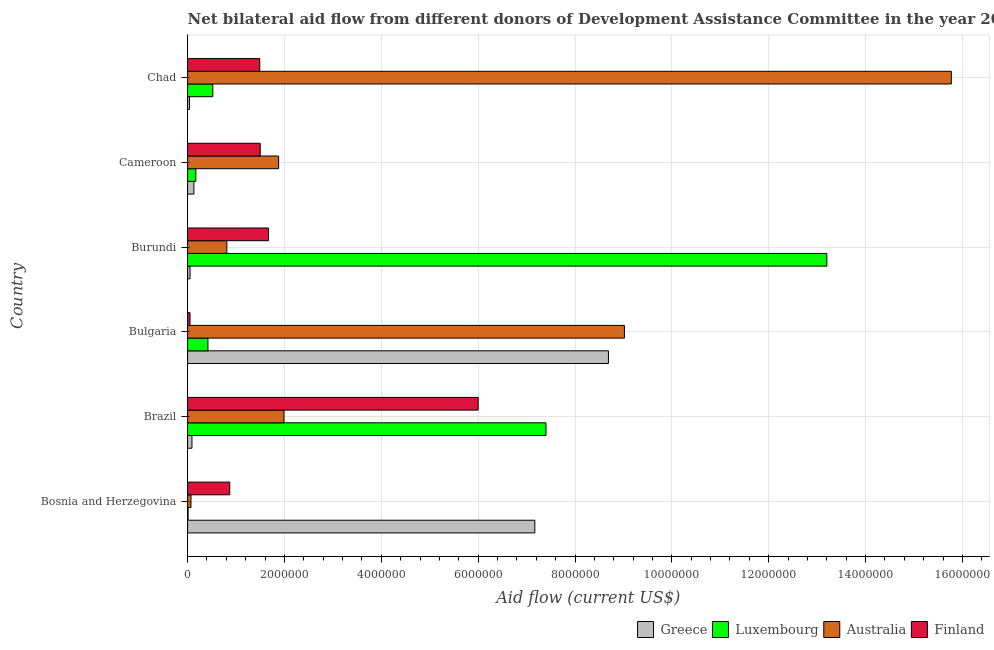
| Country | Greece | Luxembourg | Australia | Finland |
 | --- | --- | --- | --- | --- |
 | Bosnia and Herzegovina | 7.17e+06 | 1e+04 | 7e+04 | 8.7e+05 |
 | Brazil | 9e+04 | 7.4e+06 | 1.99e+06 | 6e+06 |
 | Bulgaria | 8.69e+06 | 4.2e+05 | 9.02e+06 | 5e+04 |
 | Burundi | 5e+04 | 1.32e+07 | 8.1e+05 | 1.67e+06 |
 | Cameroon | 1.3e+05 | 1.7e+05 | 1.88e+06 | 1.5e+06 |
 | Chad | 4e+04 | 5.2e+05 | 1.58e+07 | 1.49e+06 |